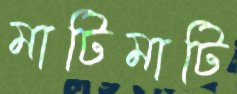
মাটিমাটি